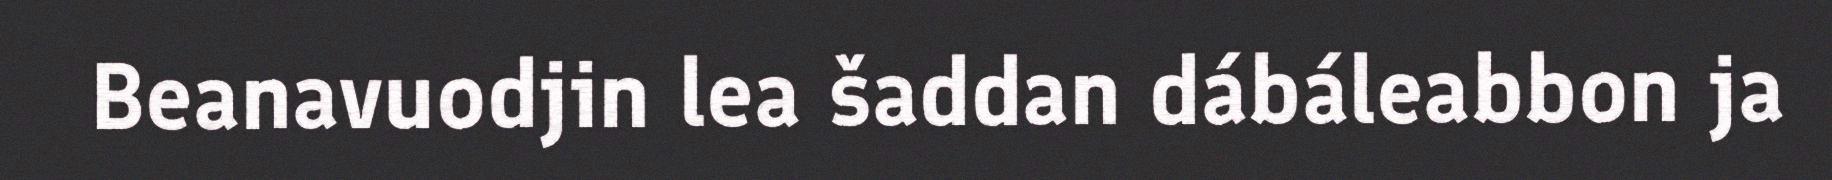
Beanavuodjin lea šaddan dábáleabbon ja